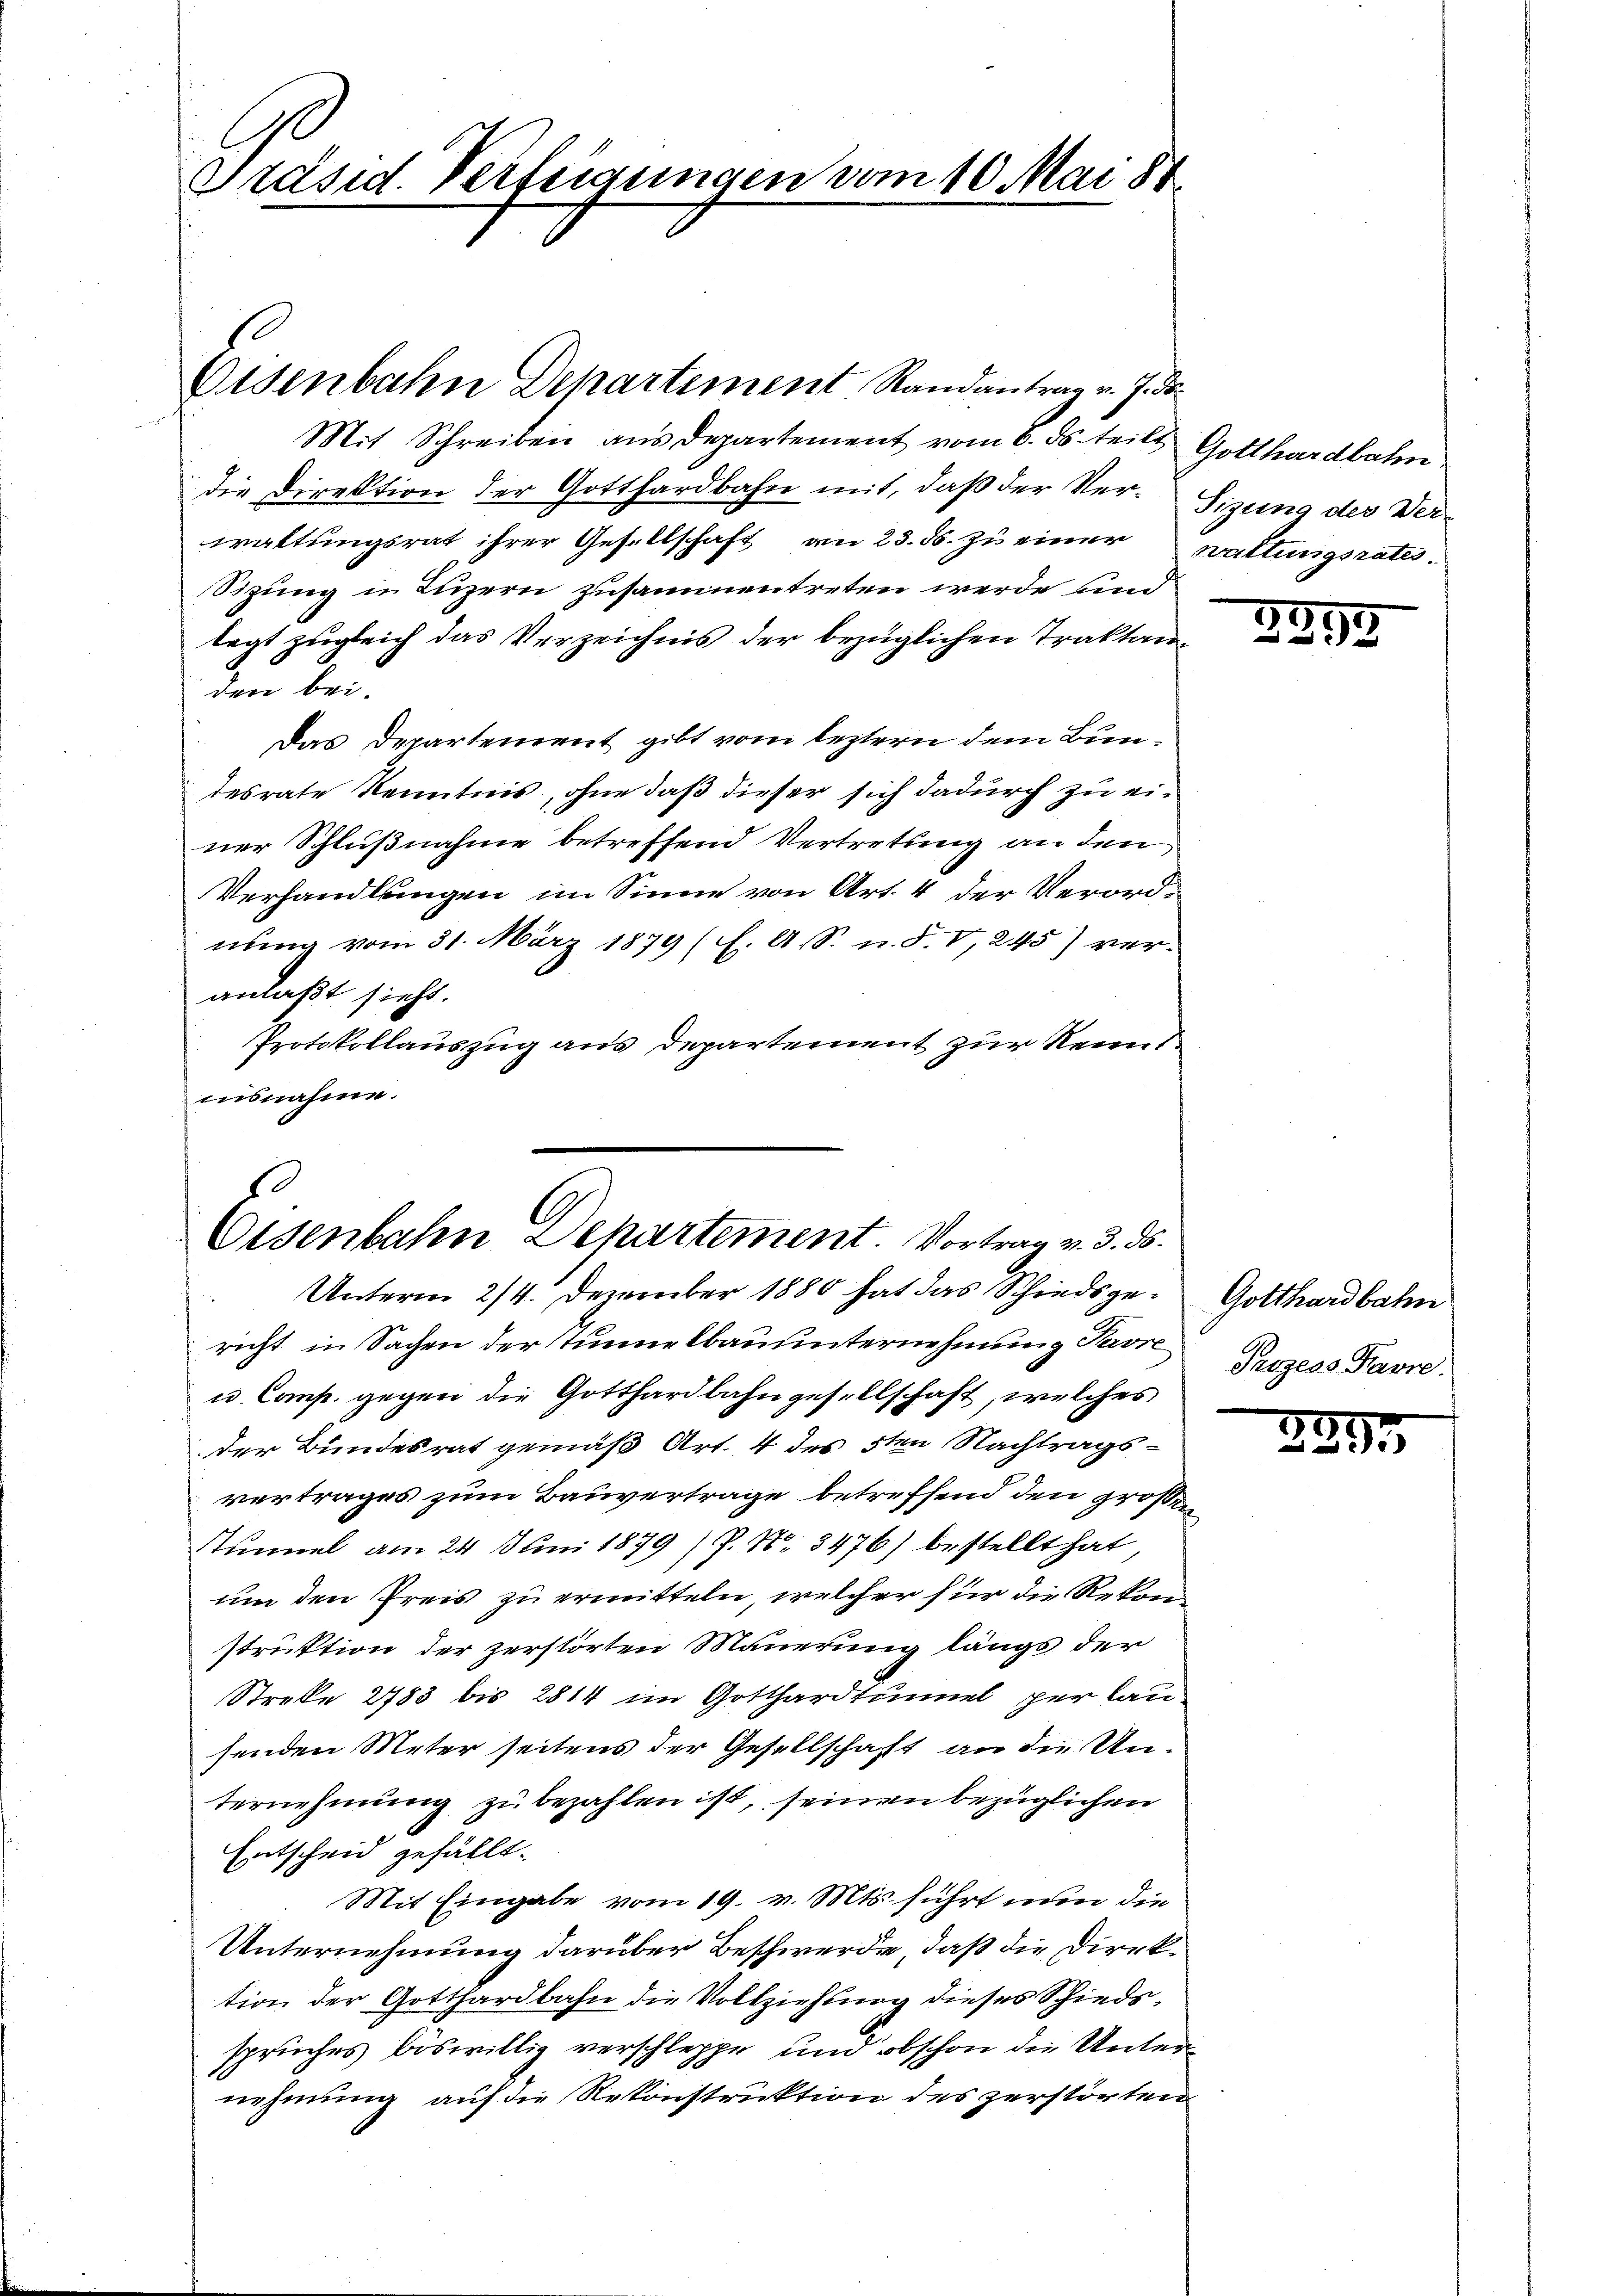
Präsid. Verfügungen vom 10. Mai 84

Eisenbahn Departement Randantrag v. J. ds.
Mit Schreiben aus Departement vom 6. ds. teilt Gotthardbahn.
die Direktion der Gotthardbahn mit, daß der Ver¬ Sizung des Verwaltungsrat ihrer Gesellschaft am 23. ds. zu einer waltungsrates.
Sizung in Luzern zusammentreten werde und
legt zugleich das Verzeichnis der bezüglichen Traktanden bei.
Das Departement gibt vom leztern dem Bundesrate Kenntnis, ohne daß dieser sich dadurch zu einer Schlußnahme betreffend Vertretung an den
Verhandlungen im Sinne von Art. 4 der Verordnung vom 31. März 1879 (s. A. S. n. F. V, 245) veranlaßt sieht.
Protokollauszug aus Departement zur Kenntausnahme.

Eisenbahn Departement. Vortrag v. 3. ds.

Unterm 2/4. Dezember 1880 hat das Schiedsgericht in Sachen der Tunnelbauunternehmung Pavre
u. Comp. gegen die Gotthardbahngesellschaft, welches
der Bundesrat gemäß Art. 4 des 5ten Nachtragsvertrages zum Bauvertrage betreffend den großen
Stümmel am 24. Juni 1879 / P. Nr. 3476) bestellt hat,
um den Preis zu ermitteln, welcher für die Rekonstruktion der zerstörten Mauerung längs der
Streke 2783 bis 2814 im Gotthardtunnel per lau
senden Meter seitens der Gesellschaft an die Unternehmung zu bezahlen ist, seinen bezüglichen
Entscheid gefällt.
Mit Eingabe vom 19. v. Mts. führt nun die
Unternehmung darüber Beschwerde, daß die Direktion der Gotthardbahn die Vollziehung dieses Schiedsspruches böswillig verschleppe und obschon die Unternehmung auf die Rekonstruktion des zerstörten

3958

Gotthardbahn
Prozess Favre.

3397